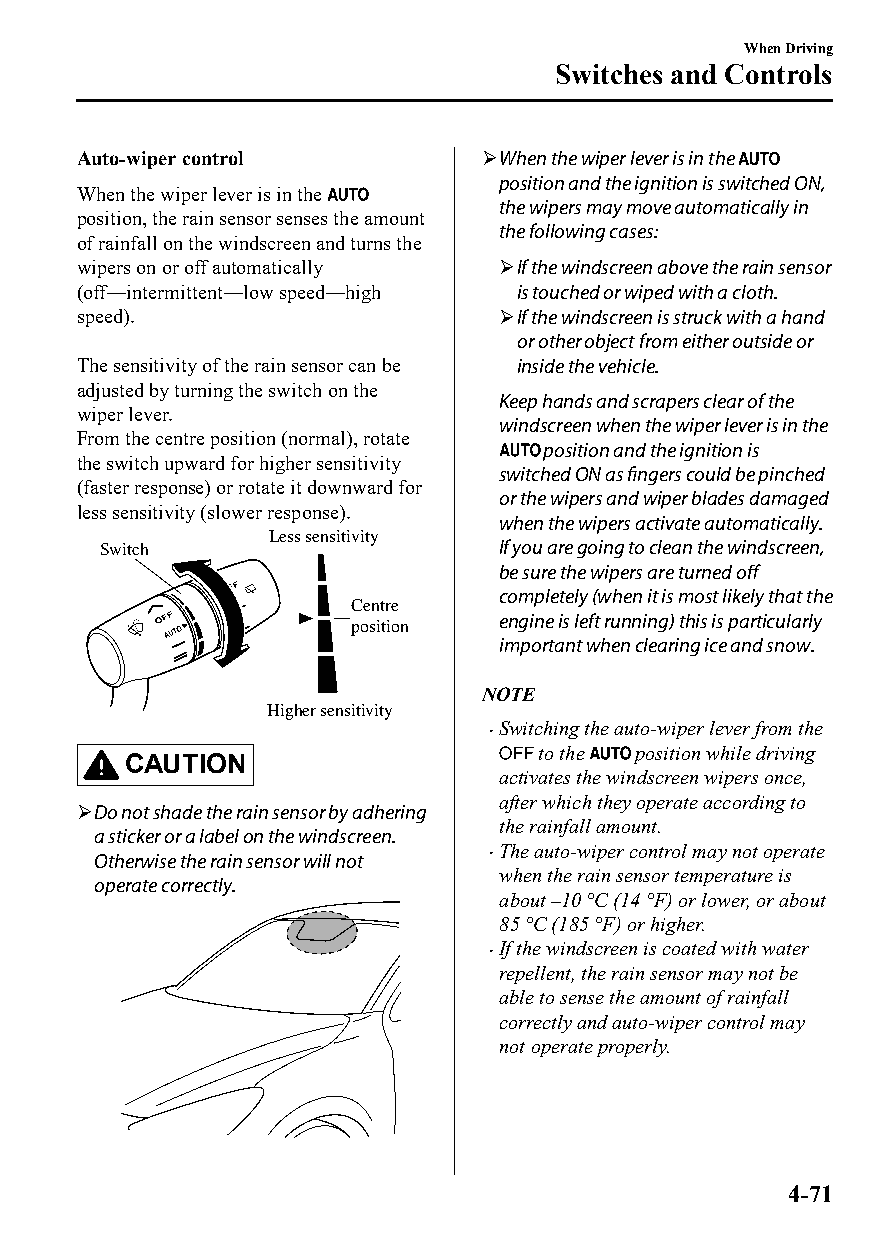
When Driving
 Switches and Controls
 Auto-wiper control         When the wiper lever is in the
 position and the ignition is switched ON,
 When the wiper lever is in the
 the wipers may move automatically in
 position, the rain sensor senses the amount
 the following cases:
 of rainfall on the windscreen and turns the
 wipers on or off automatically If the windscreen above the rain sensor
 (off―intermittent―low speed―high is touched or wiped with a cloth.
 speed).                     If the windscreen is struck with a hand
 or other object from either outside or
 The sensitivity of the rain sensor can be inside the vehicle.
 adjusted by turning the switch on the
 Keep hands and scrapers clear of the
 wiper lever.
 windscreen when the wiper lever is in the
 From the centre position (normal), rotate
 position and the ignition is
 the switch upward for higher sensitivity
 switched ON as fingers could be pinched
 (faster response) or rotate it downward for
 or the wipers and wiper blades damaged
 less sensitivity (slower response).
 when the wipers activate automatically.
 Less sensitivity
 Switch                     If you are going to clean the windscreen,
 be sure the wipers are turned off
 completely (when it is most likely that the
 Centre
 engine is left running) this is particularly
 position
 important when clearing ice and snow.
 NOTE
 Higher sensitivity
 Switching the auto-wiper lever from the
 
 to the position while driving
 CAUTION
 activates the windscreen wipers once,
 after which they operate according to
 Do not shade the rain sensor by adhering
 the rainfall amount.
 a sticker or a label on the windscreen.
 The auto-wiper control may not operate
 Otherwise the rain sensor will not 
 when the rain sensor temperature is
 operate correctly.
 about –10 °C (14 °F) or lower, or about
 85 °C (185 °F) or higher.
 If the windscreen is coated with water
 
 repellent, the rain sensor may not be
 able to sense the amount of rainfall
 correctly and auto-wiper control may
 not operate properly.
 4-71
 CX-3_8GT4-EE-18D_Edition4                  2018-9-6 18:32:19